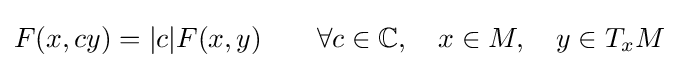
F(x,cy)=|c|F(x,y)\qquad \forall c\in \mathbb {C} ,\quad x\in M,\quad y\in T_{x}M